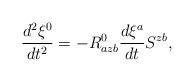
LaTeX: \begin{align*}\frac{d^{2}\xi ^{0}}{dt^{2}}=-R_{azb}^{0}\frac{d\xi ^{a}}{dt}S^{zb},\end{align*}